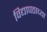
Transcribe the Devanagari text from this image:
विद्यापठाच्या